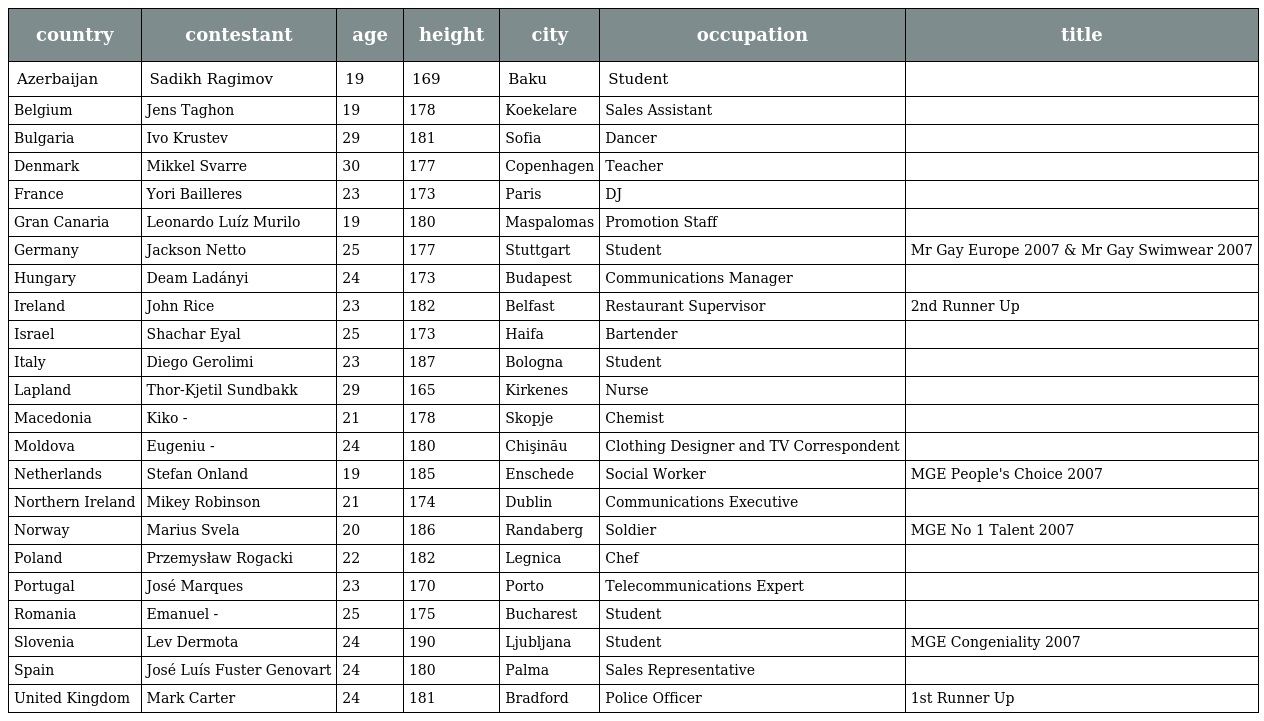
| country | contestant | age | height | city | occupation | title |
 | --- | --- | --- | --- | --- | --- | --- |
 | Azerbaijan | Sadikh Ragimov | 19 | 169 | Baku | Student |  |
 | Belgium | Jens Taghon | 19 | 178 | Koekelare | Sales Assistant |  |
 | Bulgaria | Ivo Krustev | 29 | 181 | Sofia | Dancer |  |
 | Denmark | Mikkel Svarre | 30 | 177 | Copenhagen | Teacher |  |
 | France | Yori Bailleres | 23 | 173 | Paris | DJ |  |
 | Gran Canaria | Leonardo Luíz Murilo | 19 | 180 | Maspalomas | Promotion Staff |  |
 | Germany | Jackson Netto | 25 | 177 | Stuttgart | Student | Mr Gay Europe 2007 & Mr Gay Swimwear 2007 |
 | Hungary | Deam Ladányi | 24 | 173 | Budapest | Communications Manager |  |
 | Ireland | John Rice | 23 | 182 | Belfast | Restaurant Supervisor | 2nd Runner Up |
 | Israel | Shachar Eyal | 25 | 173 | Haifa | Bartender |  |
 | Italy | Diego Gerolimi | 23 | 187 | Bologna | Student |  |
 | Lapland | Thor-Kjetil Sundbakk | 29 | 165 | Kirkenes | Nurse |  |
 | Macedonia | Kiko - | 21 | 178 | Skopje | Chemist |  |
 | Moldova | Eugeniu - | 24 | 180 | Chişinău | Clothing Designer and TV Correspondent |  |
 | Netherlands | Stefan Onland | 19 | 185 | Enschede | Social Worker | MGE People's Choice 2007 |
 | Northern Ireland | Mikey Robinson | 21 | 174 | Dublin | Communications Executive |  |
 | Norway | Marius Svela | 20 | 186 | Randaberg | Soldier | MGE No 1 Talent 2007 |
 | Poland | Przemysław Rogacki | 22 | 182 | Legnica | Chef |  |
 | Portugal | José Marques | 23 | 170 | Porto | Telecommunications Expert |  |
 | Romania | Emanuel - | 25 | 175 | Bucharest | Student |  |
 | Slovenia | Lev Dermota | 24 | 190 | Ljubljana | Student | MGE Congeniality 2007 |
 | Spain | José Luís Fuster Genovart | 24 | 180 | Palma | Sales Representative |  |
 | United Kingdom | Mark Carter | 24 | 181 | Bradford | Police Officer | 1st Runner Up |